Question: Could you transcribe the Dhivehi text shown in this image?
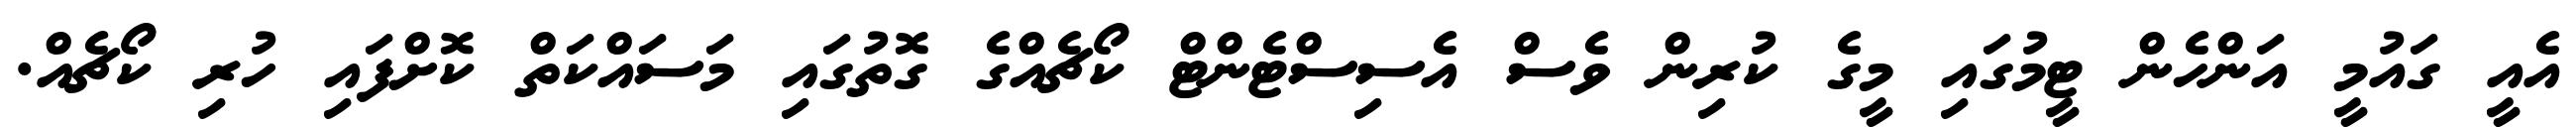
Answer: އެއީ ގައުމީ އަންހެން ޓީމުގައި މީގެ ކުރިން ވެސް އެސިސްޓެންޓް ކޯޗެއްގެ ގޮތުގައި މަސައްކަތް ކޮށްފައި ހުރި ކޯޗެއް.